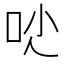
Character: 𠯙